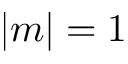
| m | = 1